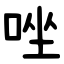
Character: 唑